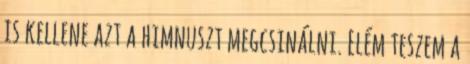
is kellene azt a himnuszt megcsinálni. Elém teszem a